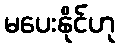
မပေးနိုင်ဟု